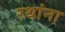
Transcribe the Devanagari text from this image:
रथांना